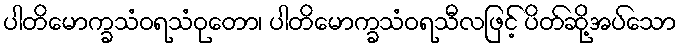
ပါတိမောက္ခသံဝရသံဝုတော၊ ပါတိမောက္ခသံဝရသီလဖြင့် ပိတ်ဆို့အပ်သော